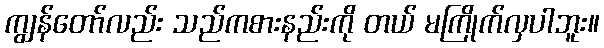
ကျွန်တော်လည်း သည်ကစားနည်းကို တယ် မကြိုက်လှပါဘူး။